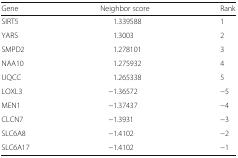
| Gene | Neighbor score | Rank |
 | --- | --- | --- |
 | SIRT5 | 1.339588 | 1 |
 | YARS | 1.3003 | 2 |
 | SMPD2 | 1.278101 | 3 |
 | NAA10 | 1.275932 | 4 |
 | UQCC | 1.265338 | 5 |
 | LOXL3 | −1.36572 | −5 |
 | MEN1 | −1.37437 | −4 |
 | CLCN7 | −1.3931 | −3 |
 | SLC6A8 | −1.4102 | −2 |
 | SLC6A17 | −1.4102 | −1 |